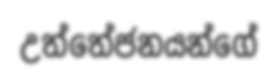
උත්තේජනයන්ගේ